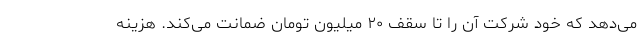
می‌دهد که خود شرکت آن را تا سقف ۲۰ میلیون تومان ضمانت می‌کند. هزینه